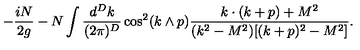
- \frac { i N } { 2 g } - N \int \frac { d ^ { D } k } { ( 2 \pi ) ^ { D } } \cos ^ { 2 } ( k \wedge p ) \frac { k \cdot ( k + p ) + M ^ { 2 } } { ( k ^ { 2 } - M ^ { 2 } ) [ ( k + p ) ^ { 2 } - M ^ { 2 } ] } .